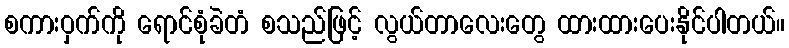
စကားဝှက်ကို ရောင်စုံခဲတံ စသည်ဖြင့် လွယ်တာလေးတွေ ထားထားပေးနိုင်ပါတယ်။